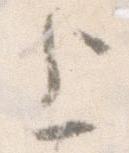
上